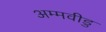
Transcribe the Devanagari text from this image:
अम्मवीडु